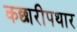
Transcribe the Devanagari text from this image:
कछारीपथार